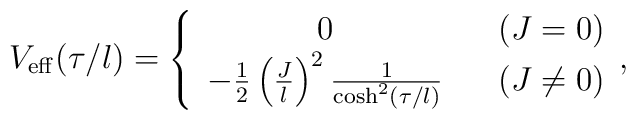
V_{\rm eff}(\tau/l) = \left\{ \begin{array}{cl}  0\;\;\; & (J=0) \\ -\frac{1}{2}\left(\frac{J}{l}\right)^2 \frac{1}{\cosh^2(\tau/l)} \;\;\; & (J \neq 0)\end{array}, \right.